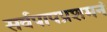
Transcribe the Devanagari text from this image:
सर्वपापप्रशमनं